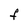
Character: F